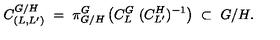
C _ { ( L , L ^ { \prime } ) } ^ { G / H } \ = \ \pi _ { G / H } ^ { G } \left( C _ { L } ^ { G } \ ( C _ { L ^ { \prime } } ^ { H } ) ^ { - 1 } \right) \ \subset \ G / H .